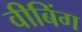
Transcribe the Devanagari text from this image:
वीबिंग